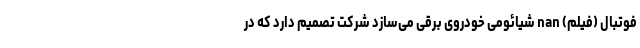
فوتبال (فیلم) nan شیائومی خودروی برقی می‌سازد شرکت تصمیم دارد که در